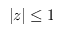
| z | \leq 1